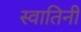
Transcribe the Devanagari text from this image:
स्वातिनी